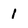
Character: 1